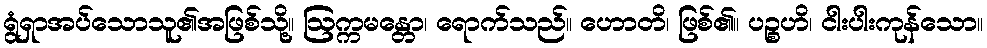
ရွံရှာအပ်သောသူ၏အဖြစ်သို့။ ဩက္ကမန္တော၊ ရောက်သည်။ ဟောတိ၊ ဖြစ်၏။ ပဉ္စဟိ၊ ငါးပါးကုန်သော။